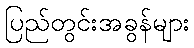
ပြည်တွင်းအခွန်များ